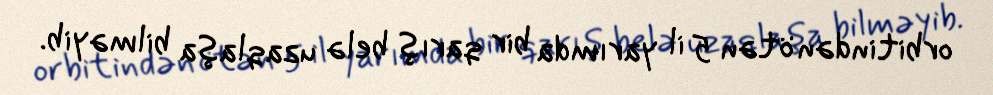
orbitindən ötən 5 il yarımda bir qarış belə uzaqlaşa bilməyib.